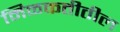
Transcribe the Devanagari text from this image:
मिळकतीतील